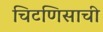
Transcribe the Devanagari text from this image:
चिटणिसाची